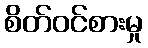
စိတ်ဝင်စားမှု